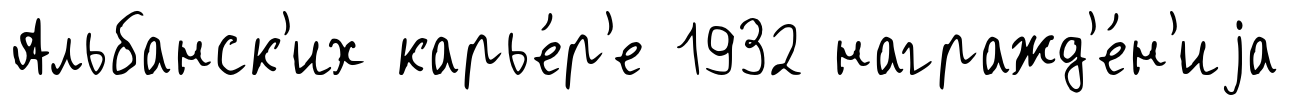
Альбанск'их карье́р'е 1932 награжд'е́н'иjа